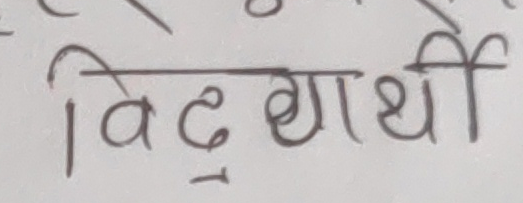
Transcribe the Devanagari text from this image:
विद्यार्थी